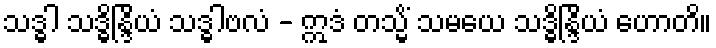
သဒ္ဓါ သဒ္ဓိန္ဒြိယံ သဒ္ဓါဗလံ - ဣဒံ တသ္မိံ သမယေ သဒ္ဓိန္ဒြိယံ ဟောတိ။